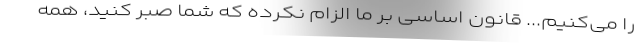
را می‌کنیم... قانون اساسی بر ما الزام نکرده که شما صبر کنید، همهٔ